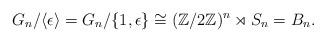
LaTeX: \begin{align*}G_n / \langle \epsilon \rangle = G_n/\{1, \epsilon\} \cong (\mathbb Z/2\mathbb Z)^n \rtimes S_n = B_n. \end{align*}